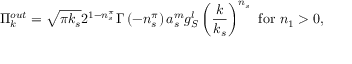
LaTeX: \Pi _ { k } ^ { o u t } = \sqrt { \pi k _ { s } } 2 ^ { 1 - n _ { s } ^ { \pi } } \Gamma \left( - n _ { s } ^ { \pi } \right) a _ { s } ^ { m } g _ { S } ^ { l } \left( \frac k { k _ { s } } \right) ^ { n _ { s } } \mathrm { ~ f o r ~ } n _ { 1 } > 0 ,